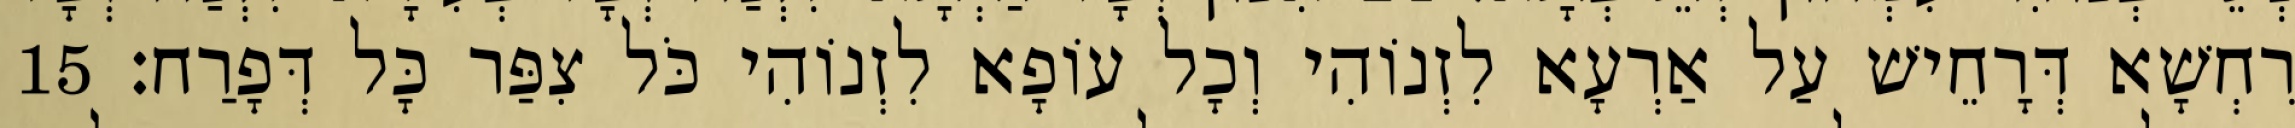
רִחְשָׁא דְּרָחֵישׁ עַל אַרְעָא לִזְנוֹהִי וְכָל עוֹפָא לִזְנוֹהִי כֹּל צִפַּר כָּל דְּפָרַח׃ 15